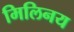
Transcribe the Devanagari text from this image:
मिलिनय